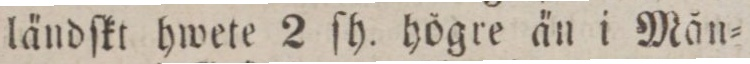
ländſkt hwete 2 ſh. högre än i Mån=